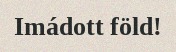
Imádott föld!